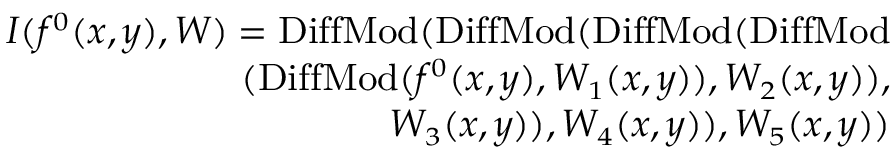
\small \begin{array} { r } { I ( f ^ { 0 } ( x , y ) , W ) = \mathrm { D i f f M o d } ( \mathrm { D i f f M o d } ( \mathrm { D i f f M o d } ( \mathrm { D i f f M o d } } \\ { ( \mathrm { D i f f M o d } ( f ^ { 0 } ( x , y ) , W _ { 1 } ( x , y ) ) , W _ { 2 } ( x , y ) ) , } \\ { W _ { 3 } ( x , y ) ) , W _ { 4 } ( x , y ) ) , W _ { 5 } ( x , y ) ) } \end{array}